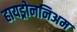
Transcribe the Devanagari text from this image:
हायड्रोननिअम